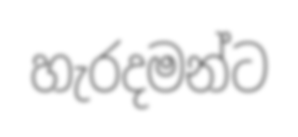
හැරදමන්ට